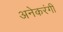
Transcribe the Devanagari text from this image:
अनेकरंगी